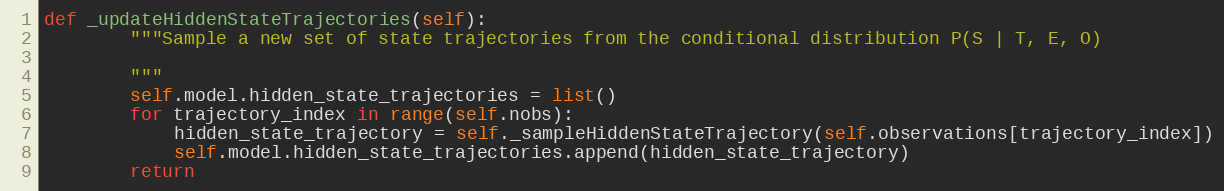
Language: Python
def _updateHiddenStateTrajectories(self):
        """Sample a new set of state trajectories from the conditional distribution P(S | T, E, O)

        """
        self.model.hidden_state_trajectories = list()
        for trajectory_index in range(self.nobs):
            hidden_state_trajectory = self._sampleHiddenStateTrajectory(self.observations[trajectory_index])
            self.model.hidden_state_trajectories.append(hidden_state_trajectory)
        return